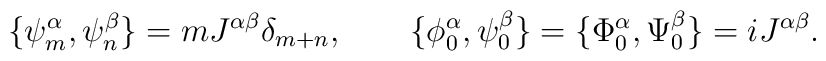
\{ \psi^\alpha_m, \psi^\beta_n \} = m J^{\alpha\beta} \delta_{m+n},  \qquad  \{ \phi^\alpha_0, \psi^\beta_0 \} =  \{ \Phi^\alpha_0, \Psi^\beta_0 \} = i J^{\alpha\beta}.